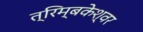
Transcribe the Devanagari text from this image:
त्रिम्बकेश्वर